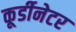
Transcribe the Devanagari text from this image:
कूर्डीनेटर